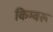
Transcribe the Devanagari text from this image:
किम्बरू